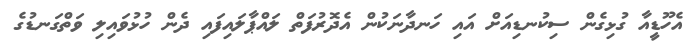
އެހޫޑީއާ ގުޅިގެން ސިކުނޑިއަށް އައި ހަނދާނަކުން އެދޮރުފަތް ލައްޕާލައިފައި ދެން ހުޅުވައިލި ވަތްގަނޑުގެ